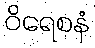
ဝိရေစနံ